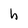
Character: h